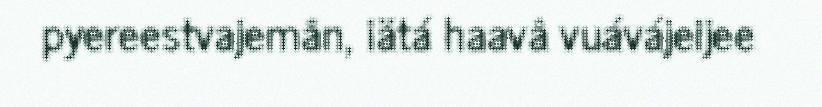
pyereestvajemân, iätá haavâ vuávájeijee